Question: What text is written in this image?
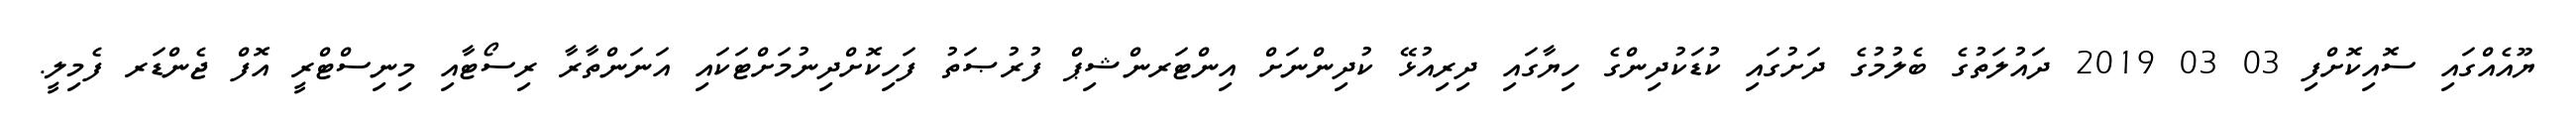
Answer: ޔޫއެއްގައި ސޮއިކޮށްފި 03 03 2019 ދައުލަތުގެ ބެލުމުގެ ދަށުގައި ކުޑަކުދިންގެ ހިޔާގައި ދިރިއުޅޭ ކުދިންނަށް އިންޓަރންޝިޕް ފުރުޞަތު ފަހިކޮށްދިނުމަށްޓަކައި އަނަންތާރާ ރިސޯޓާއި މިނިސްޓްރީ އޮފް ޖެންޑަރ ފެމިލީ.